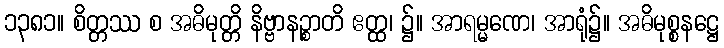
၁၃၈၁။ စိတ္တဿ စ အဓိမုတ္တိ နိဗ္ဗာနဉ္စာတိ ဧတ္ထ၊ ၌။ အာရမ္မဏေ၊ အာရုံ၌။ အဓိမုစ္စနဋ္ဌေ